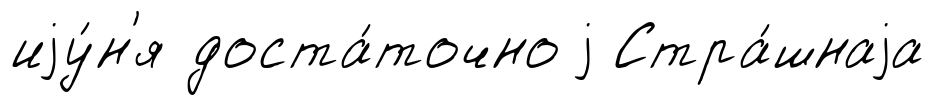
иjу́н'я доста́точно j Стра́шнаjа